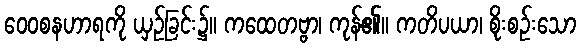
ဝေဝစနဟာရကို ယှဉ်ခြင်း၌။ ကထေတဗ္ဗာ၊ ကုန်၏။ ကတိပယာ၊ စိုးစဉ်းသော